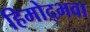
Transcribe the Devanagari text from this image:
हिमोद्भवा